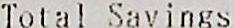
TOTAL SAVINGS